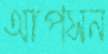
আপসন